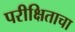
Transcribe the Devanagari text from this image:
परीक्षिताचा